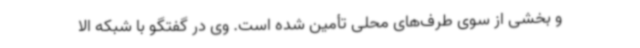
و بخشی از سوی طرف‌های محلی تأمین شده است. وی در گفتگو با شبکه الا